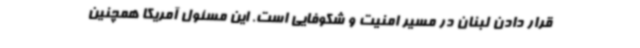
قرار دادن لبنان در مسیر امنیت و شکوفایی است. این مسئول آمریکا همچنین